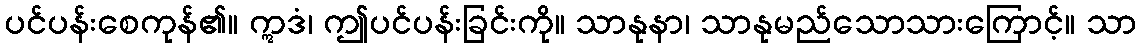
ပင်ပန်းစေကုန်၏။ ဣဒံ၊ ဤပင်ပန်းခြင်းကို။ သာနုနာ၊ သာနုမည်သောသားကြောင့်။ သာ